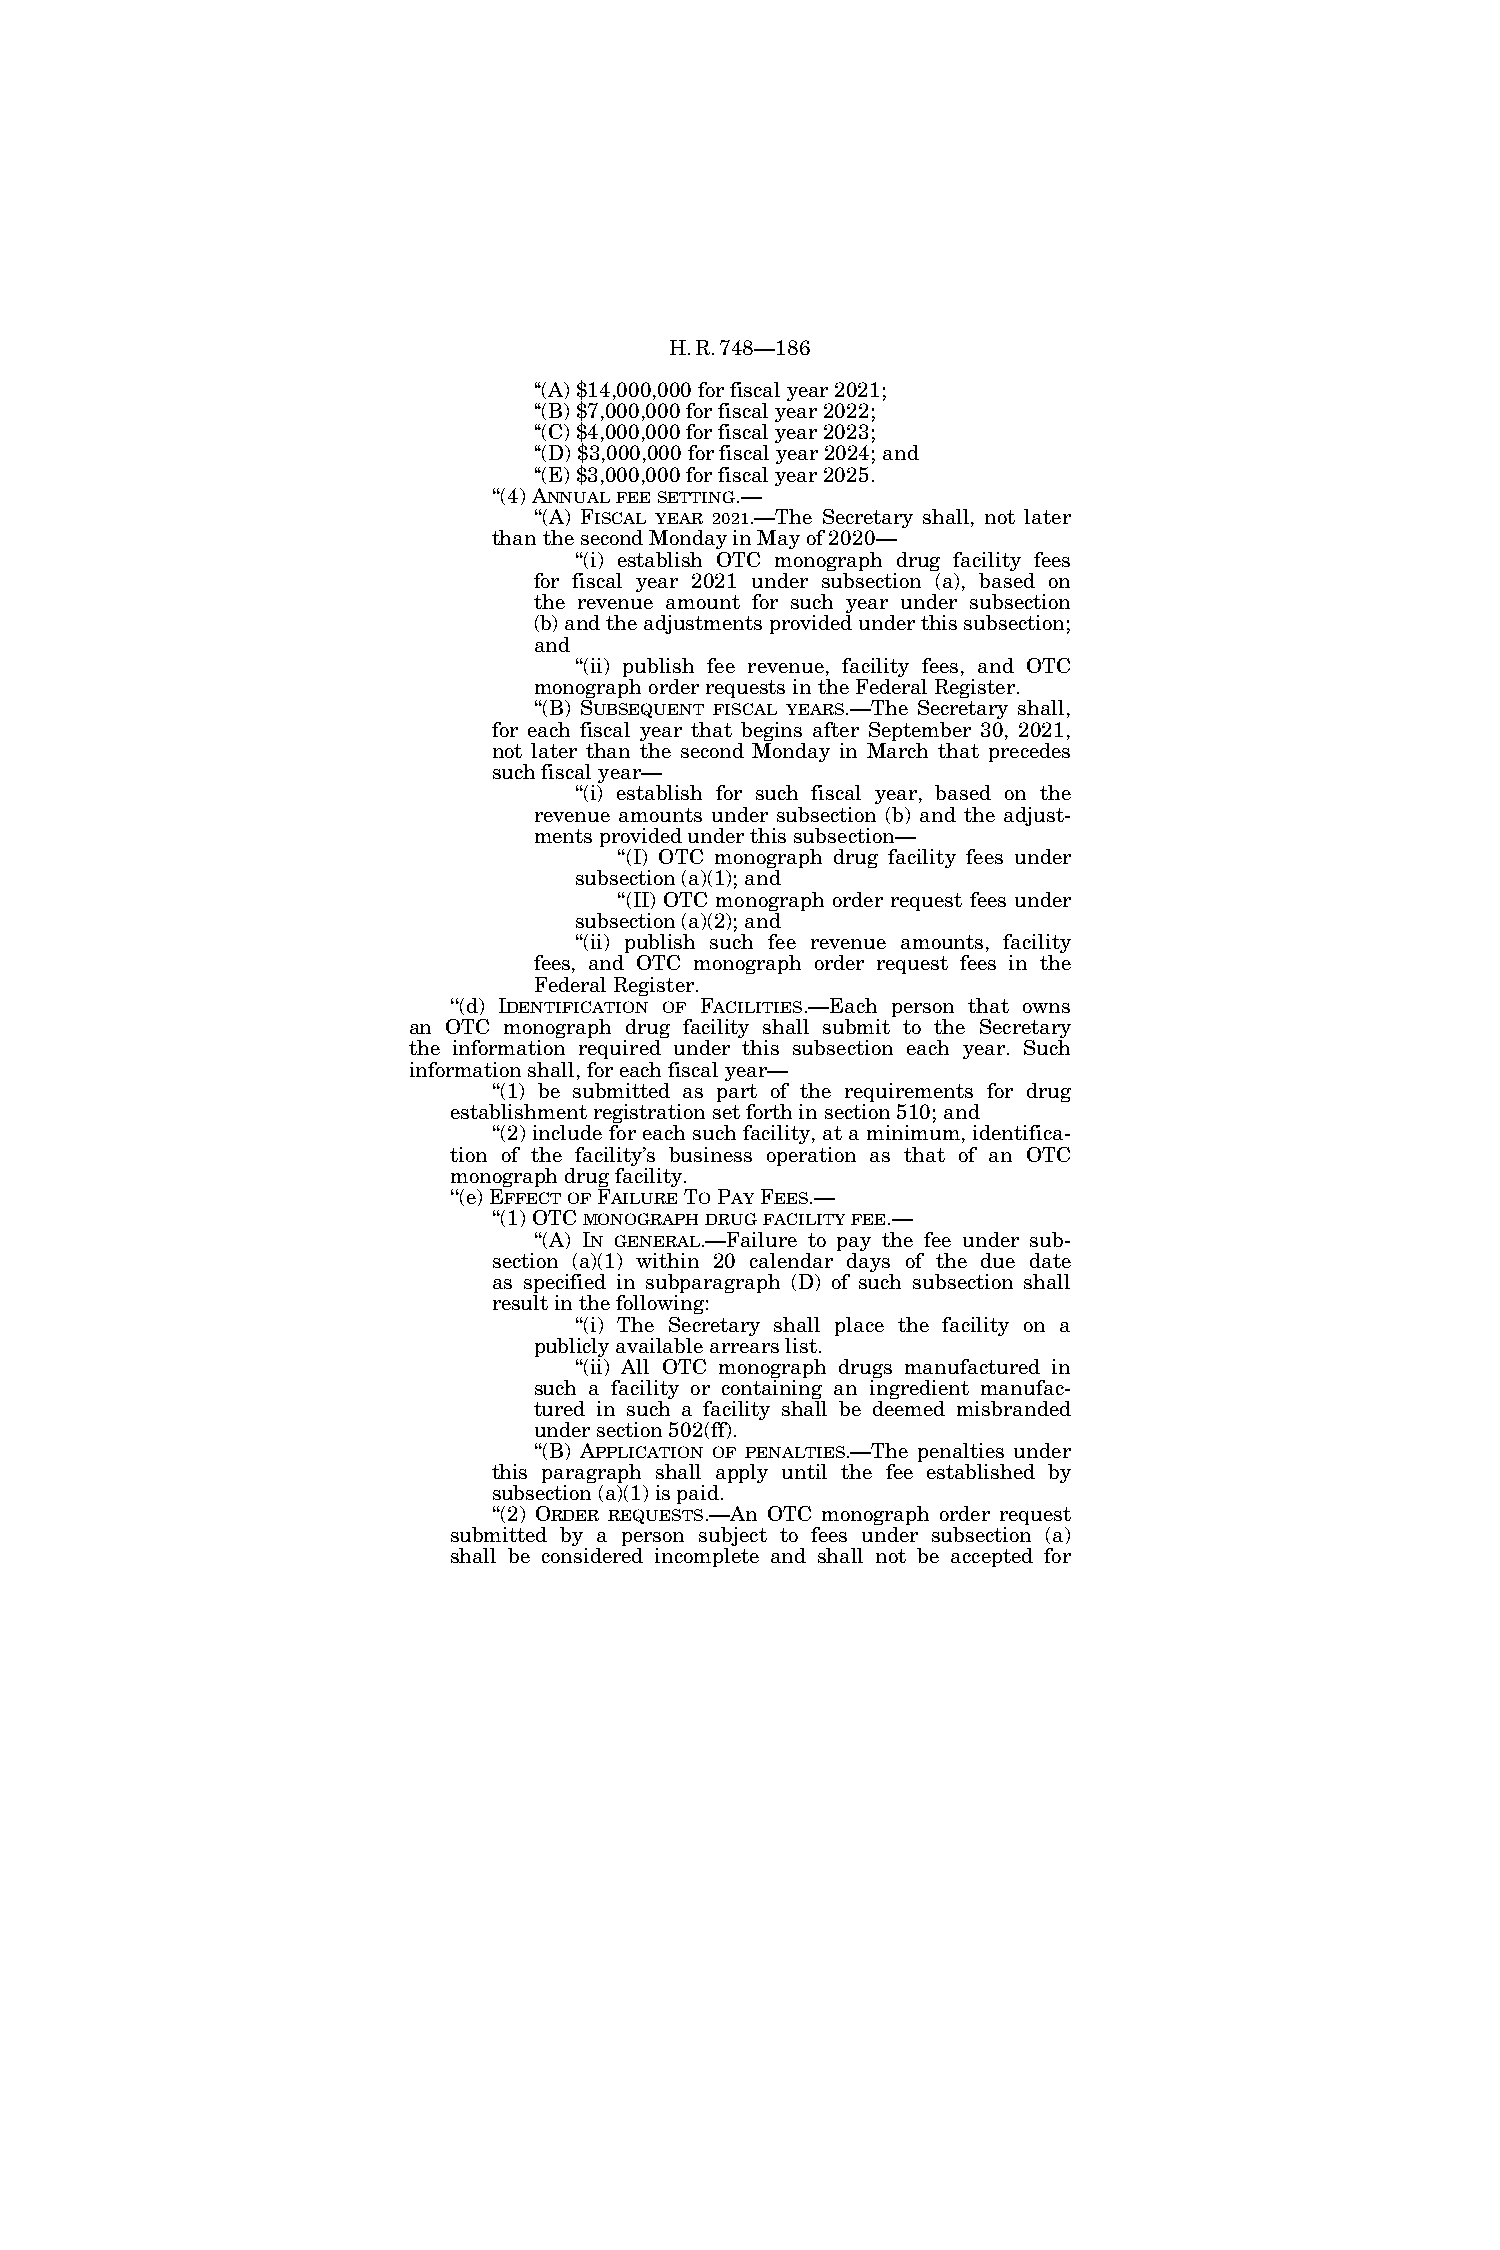
H.R.748—186
 ‘‘(A) $14,000,000 for fiscal year 2021;
 ‘‘(B) $7,000,000 for fiscal year 2022;
 ‘‘(C) $4,000,000 for fiscal year 2023;
 ‘‘(D) $3,000,000 for fiscal year 2024; and
 ‘‘(E) $3,000,000 for fiscal year 2025.
 ‘‘(4) ANNUALFEESETTING.—
 ‘‘(A) FISCAL YEAR 2021.—The Secretary shall, not later
 than the second Monday in May of 2020—
 ‘‘(i) establish OTC monograph drug facility fees
 for fiscal year 2021 under subsection (a), based on
 the revenue amount for such year under subsection
 (b) and the adjustments provided under this subsection;
 and
 ‘‘(ii) publish fee revenue, facility fees, and OTC
 monograph order requests in the Federal Register.
 ‘‘(B) SUBSEQUENT FISCAL YEARS.—The Secretary shall,
 for each fiscal year that begins after September 30, 2021,
 not later than the second Monday in March that precedes
 such fiscal year—
 ‘‘(i) establish for such fiscal year, based on the
 revenue amounts under subsection (b) and the adjust-
 ments provided under this subsection—
 ‘‘(I) OTC monograph drug facility fees under
 subsection (a)(1); and
 ‘‘(II) OTC monograph order request fees under
 subsection (a)(2); and
 ‘‘(ii) publish such fee revenue amounts, facility
 fees, and OTC monograph order request fees in the
 Federal Register.
 ‘‘(d) IDENTIFICATION OF FACILITIES.—Each person that owns
 an OTC monograph drug facility shall submit to the Secretary
 the information required under this subsection each year. Such
 information shall, for each fiscal year—
 ‘‘(1) be submitted as part of the requirements for drug
 establishment registration set forth in section 510; and
 ‘‘(2) include for each such facility, at a minimum, identifica-
 tion of the facility’s business operation as that of an OTC
 monograph drug facility.
 ‘‘(e) EFFECTOFFAILURETOPAYFEES.—
 ‘‘(1) OTC MONOGRAPHDRUGFACILITYFEE.—
 ‘‘(A) IN GENERAL.—Failure to pay the fee under sub-
 section (a)(1) within 20 calendar days of the due date
 as specified in subparagraph (D) of such subsection shall
 result in the following:
 ‘‘(i) The Secretary shall place the facility on a
 publicly available arrears list.
 ‘‘(ii) All OTC monograph drugs manufactured in
 such a facility or containing an ingredient manufac-
 tured in such a facility shall be deemed misbranded
 under section 502(ff).
 ‘‘(B) APPLICATION OF PENALTIES.—The penalties under
 this paragraph shall apply until the fee established by
 subsection (a)(1) is paid.
 ‘‘(2) ORDER REQUESTS.—An OTC monograph order request
 submitted by a person subject to fees under subsection (a)
 shall be considered incomplete and shall not be accepted for